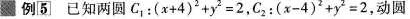
例5]已知两圆C_{1}:$$( x + 4 ) ^ { 2 } + y ^ { 2 } = 2$$，C_{2}:$$( x - 4 ) ^ { 2 } + y ^ { 2 } = 2$$,动圆